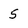
Character: 5